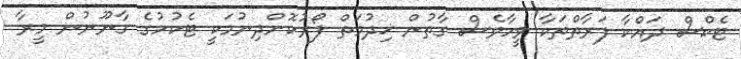
ޓެކްސް ދައްކާ ފަރާތްތަކާ ވީހާވެސް ގާތުން ޚިދުމަތް ފޯރުކޮށްދިނުމަކީ ޓެކުހުގެ ގާނޫނުން މީރާ